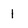
Character: 1